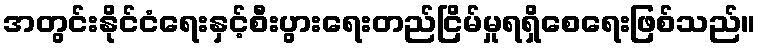
အတွင်းနိုင်ငံရေးနှင့်စီးပွားရေးတည်ငြိမ်မှုရရှိစေရေးဖြစ်သည်။